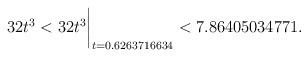
LaTeX: \begin{align*}32t^3 < 32t^3\biggr\rvert_{t=0.6263716634} < 7.86405034771 . \end{align*}